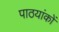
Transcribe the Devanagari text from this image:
पाठयांकों